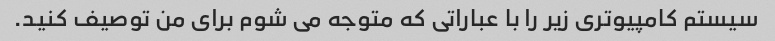
سیستم کامپیوتری زیر را با عباراتی که متوجه می شوم برای من توصیف کنید.